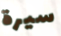
سيرة